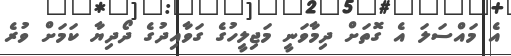
އެ މައްސަލަ އެ ގޮތަށް ދިމާވަނީ މަޖިލީހުގެ ގަވާއިދުގެ ދޯދިޔާ ކަމަށް ވުރެ